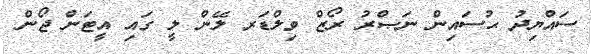
ސައްޔިދު ޙުސައިން ނަޞްރު ރޯޒް ވިލްޑަރ ލޭން ލީ ގައި އީޓަން ޖޯން